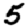
Digit: 5